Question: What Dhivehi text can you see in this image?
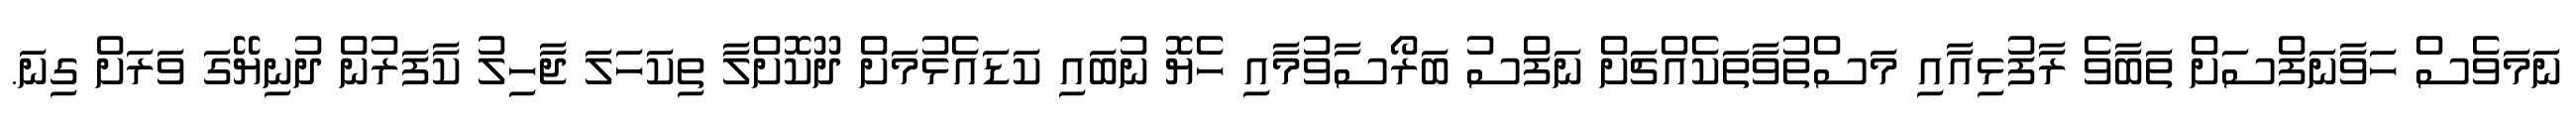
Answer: ނަމަވެސް ހަވާނަފްސަށް ތަބާވެ ރާފުޅިއާއި މަސްތުވާތަކެއްޗަށް ނަފްސު ބަރޯސާވުމާއި ހެޔޮ ނުބައި ކަޑައެޅުމަށް ދޫކޮށްލާ ތިކަހަލަ ޖާހިލު ކާފަރުން ދުނިޔޭގަ ވަރަށް ގިނަ.